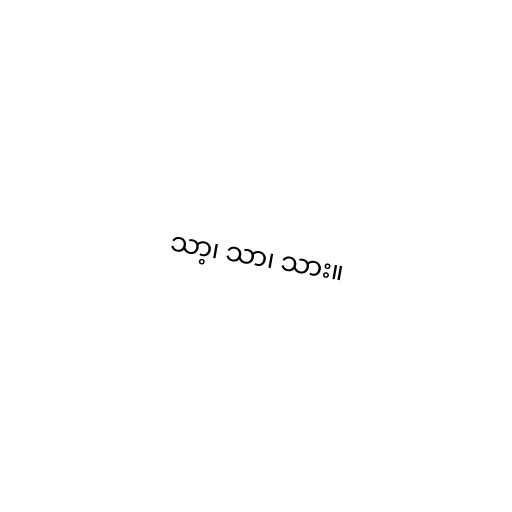
သာ့၊ သာ၊ သား။